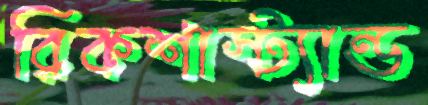
রিকশাস্ট্যান্ড